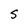
Character: S